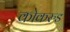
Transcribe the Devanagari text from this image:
कोकरुड